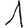
Digit: 1